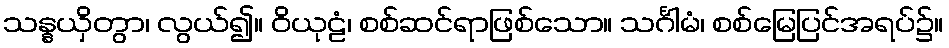
သန္နယှိတွာ၊ လွယ်၍။ ဝိယုဠံ၊ စစ်ဆင်ရာဖြစ်သော။ သင်္ဂါမံ၊ စစ်မြေပြင်အရပ်၌။